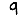
Digit: 9